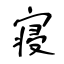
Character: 寝